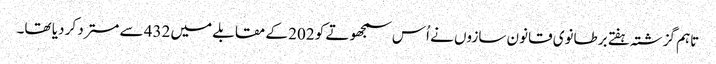
تاہم گزشتہ ہفتے برطانوی قانون سازوں نے اُس سمجھوتے کو 202 کے مقابلے میں 432 سے مسترد کر دیا تھا۔